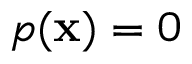
p ( \mathbf { x } ) = 0